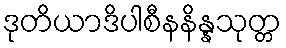
ဒုတိယာဒိပါစီနနိန္နသုတ္တ